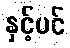
နှင့်ပင်